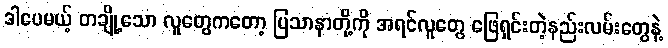
ဒါပေမယ့် တချို့သော လူတွေကတော့ ပြသာနာတို့ကို အရင်လူတွေ ဖြေရှင်းတဲ့နည်းလမ်းတွေနဲ့